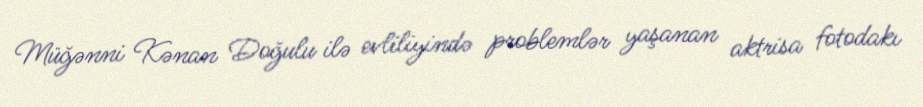
Müğənni Kənan Doğulu ilə evliliyində problemlər yaşanan aktrisa fotodakı